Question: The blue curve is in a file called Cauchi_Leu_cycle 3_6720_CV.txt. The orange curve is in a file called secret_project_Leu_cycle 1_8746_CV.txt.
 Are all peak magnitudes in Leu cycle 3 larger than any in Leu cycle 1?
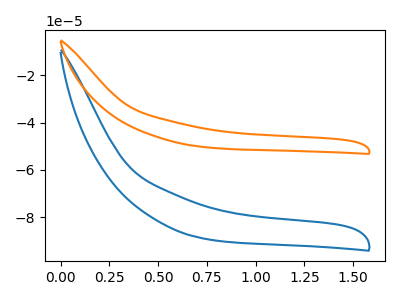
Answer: <think>The blue curve "Leu cycle 3" has no peaks. The orange curve "Leu cycle 1" has no peaks.</think>
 <answer>Niether CV has any peaks.</answer>
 <eval>blanks</eval>